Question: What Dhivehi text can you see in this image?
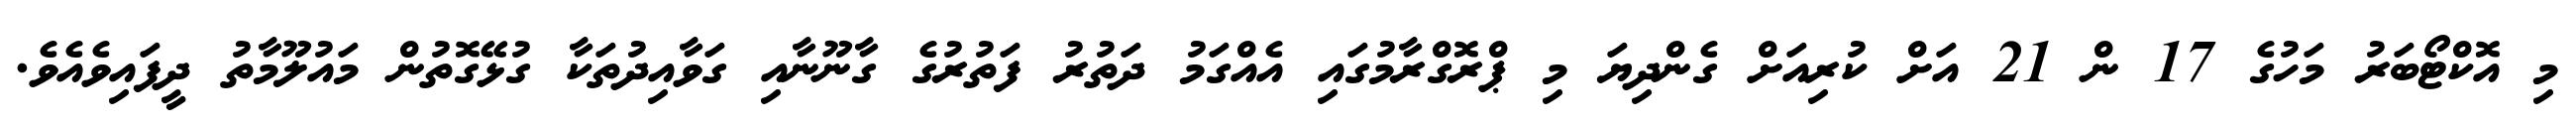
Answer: މި އޮކްޓޯބަރު މަހުގެ 17 ން 21 އަށް ކުރިއަށް ގެންދިޔަ މި ޕްރޮގްރާމުގައި އެއްގަމު ދަތުރު ފަތުރުގެ ގާނޫނާއި ގަވާއިދުތަކާ ގުޅޭގޮތުން މައުލޫމާތު ދީފައިވެއެވެ.